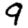
Digit: 9